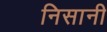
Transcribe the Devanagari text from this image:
निसानी